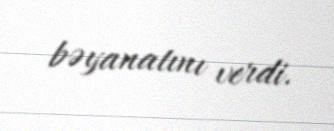
bəyanatını verdi.